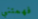
فهمتني